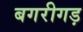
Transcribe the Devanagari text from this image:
बगरीगड़